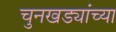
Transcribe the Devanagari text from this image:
चुनखड्यांच्या